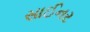
સાઈનર